画像に写った文字を読んでください
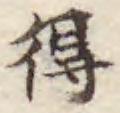
「得」と書いてあります